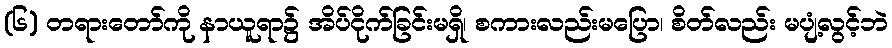
(၆) တရားတော်ကို နာယူရာ၌ အိပ်ငိုက်ခြင်းမရှိ၊ စကားလည်းမပြော၊ စိတ်လည်း မပျံ့လွင့်ဘဲ